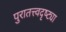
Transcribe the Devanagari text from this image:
पुरातत्त्वदृष्ट्या